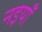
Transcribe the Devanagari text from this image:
नइयाँ